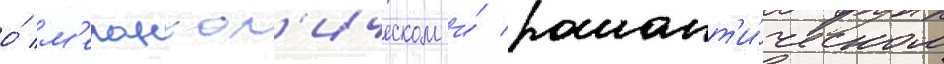
о́ м'еланхол'ическом и́ романт'и́ческом